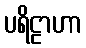
ပရိဠာဟာ